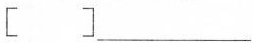
[]___